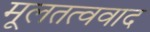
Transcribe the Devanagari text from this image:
मूलतत्ववाद